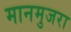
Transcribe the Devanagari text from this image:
मानमुजरा